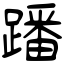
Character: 蹯